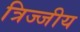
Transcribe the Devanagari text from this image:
त्रिज्जीय